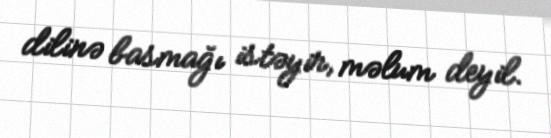
dilinə basmağı istəyir, məlum deyil.